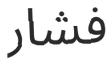
فشار